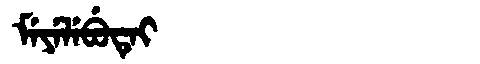
Manchu: ᠮᡝᠶᡝᠯᡝᠪᡠᡨᡝᡳ
Romanization: MEYELEBUTEI